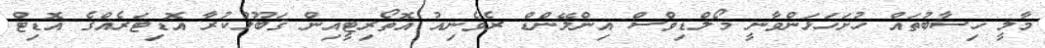
މާލީ ހިސާބުތައް ހުށަހަޅަންވާނީ މޯލްޑިވްސް އިންލޭންޑް ރެވެނިއު އޮތޯރިޓީއިން ޤަބޫލުކުރާ އޮޑިޓަރެއްގެ އޮޑިޓް